Senior Leaving Certificate Examination (including Day School Certificate (Higher) General paper), 1946
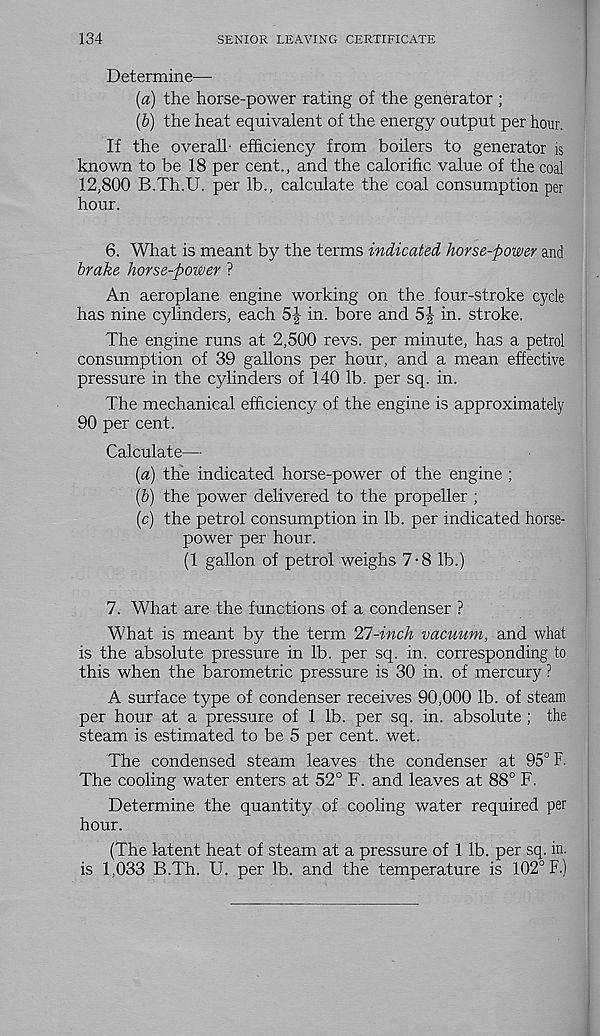
134
SENIOR LEAVING CERTIFICATE
Determine—
(a) the horse-power rating of the generator ;
(b) the heat equivalent of the energy output per hour,
If the overall- efficiency from boilers to generator is
known to be 18 per cent., and the calorific value of the coal
12,800 B.Th.U. per lb., calculate the coal consumption per
hour.
6. What is meant by the terms indicated horse-power and
brake horse-power ?
An aeroplane engine working on the four-stroke cycle
has nine cylinders, each 5-|- in. bore and 5| in. stroke.
The engine runs at 2,500 revs, per minute, has a petrol
consumption of 39 gallons per hour, and a mean effective
pressure in the cylinders of 140 lb. per sq. in.
The mechanical efficiency of the engine is approximately
90 per cent.
Calculate—
(a) the indicated horse-power of the engine ;
(b) the power delivered to the propeller ;
(c) the petrol consumption in lb. per indicated horse-
power per hour.
(1 gallon of petrol weighs 7-8 lb.)
7. What are the functions of a condenser ?
What is meant by the term 27-inch vacuum, and what
is the absolute pressure in lb. per sq. in. corresponding to
this when the barometric pressure is 30 in. of mercury ?
A surface type of condenser receives 90,000 lb. of steam
per hour at a pressure of 1 lb. per sq. in. absolute; the
steam is estimated to be 5 per cent. wet.
The condensed steam leaves the condenser at 95° F.
The cooling water enters at 52° F. and leaves at 88° F.
Determine the quantity of cooling water required per
hour.
(The latent heat of steam at a pressure of 1 lb. per sq. in.
is 1,033 B.Th. U. per lb. and the temperature is 102° F.)